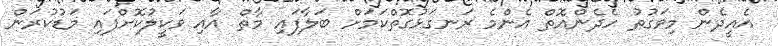
އެއީދެން މިވަގުތު ހެދެންއޮތް އެންމެ ރަނގަޅުގޮތްކަމަށް ބަލާފައި މާތް އާއި ވަކީލުކޮށްފައި މަޑުކުރަން